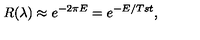
R ( \lambda ) \approx e ^ { - 2 \pi E } = e ^ { - E / T s t } ,